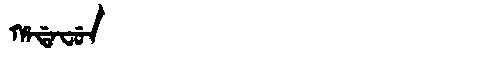
Manchu: ᡥᠠᡩᠠᠸᡠᠨ
Romanization: HADAFUN